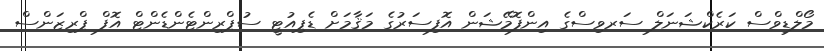
މޯލްޑިވްސް ކަރެކްޝަނަލް ސަރވިސްގެ އިންފޮމޭޝަން އޮފިސަރުގެ މަޤާމަށް ޑެޕިއުޓީ ސުޕްރިންޓެންޑެންޓް އޮފް ޕްރިޒަންސް